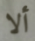
ألا